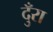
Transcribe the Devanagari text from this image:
दुँरा